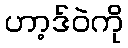
ဟာ့ဒ်ဝဲကို